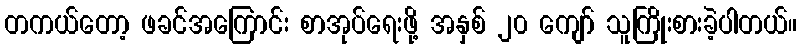
တကယ်တော့ ဖခင်အကြောင်း စာအုပ်ရေးဖို့ အနှစ် ၂၀ ကျော် သူကြိုးစားခဲ့ပါတယ်။